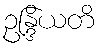
ဥန္ဒြိယတိ